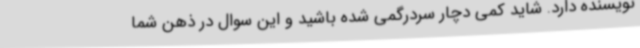
نویسنده دارد. شاید کمی دچار سردرگمی شده باشید و این سوال در ذهن شما